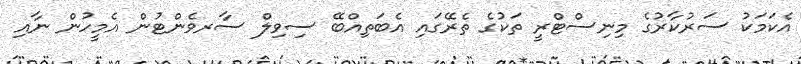
އެކަމަކު ސަރުކާރުގެ މިނިސްޓްރީ ތަކުގެ ތެރޭގަައި އެބަތިއްބޭ ސިވިލް ސާރވެންޓުން އެމީހުން ނާއި